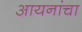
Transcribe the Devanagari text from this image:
आयनांचा